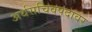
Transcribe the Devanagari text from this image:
अर्थसचिवपदावर